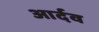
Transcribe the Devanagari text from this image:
आर्दव